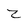
Character: z